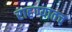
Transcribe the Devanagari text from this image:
राहण्यातच